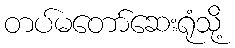
တပ်မတော်ဆေးရုံသို့